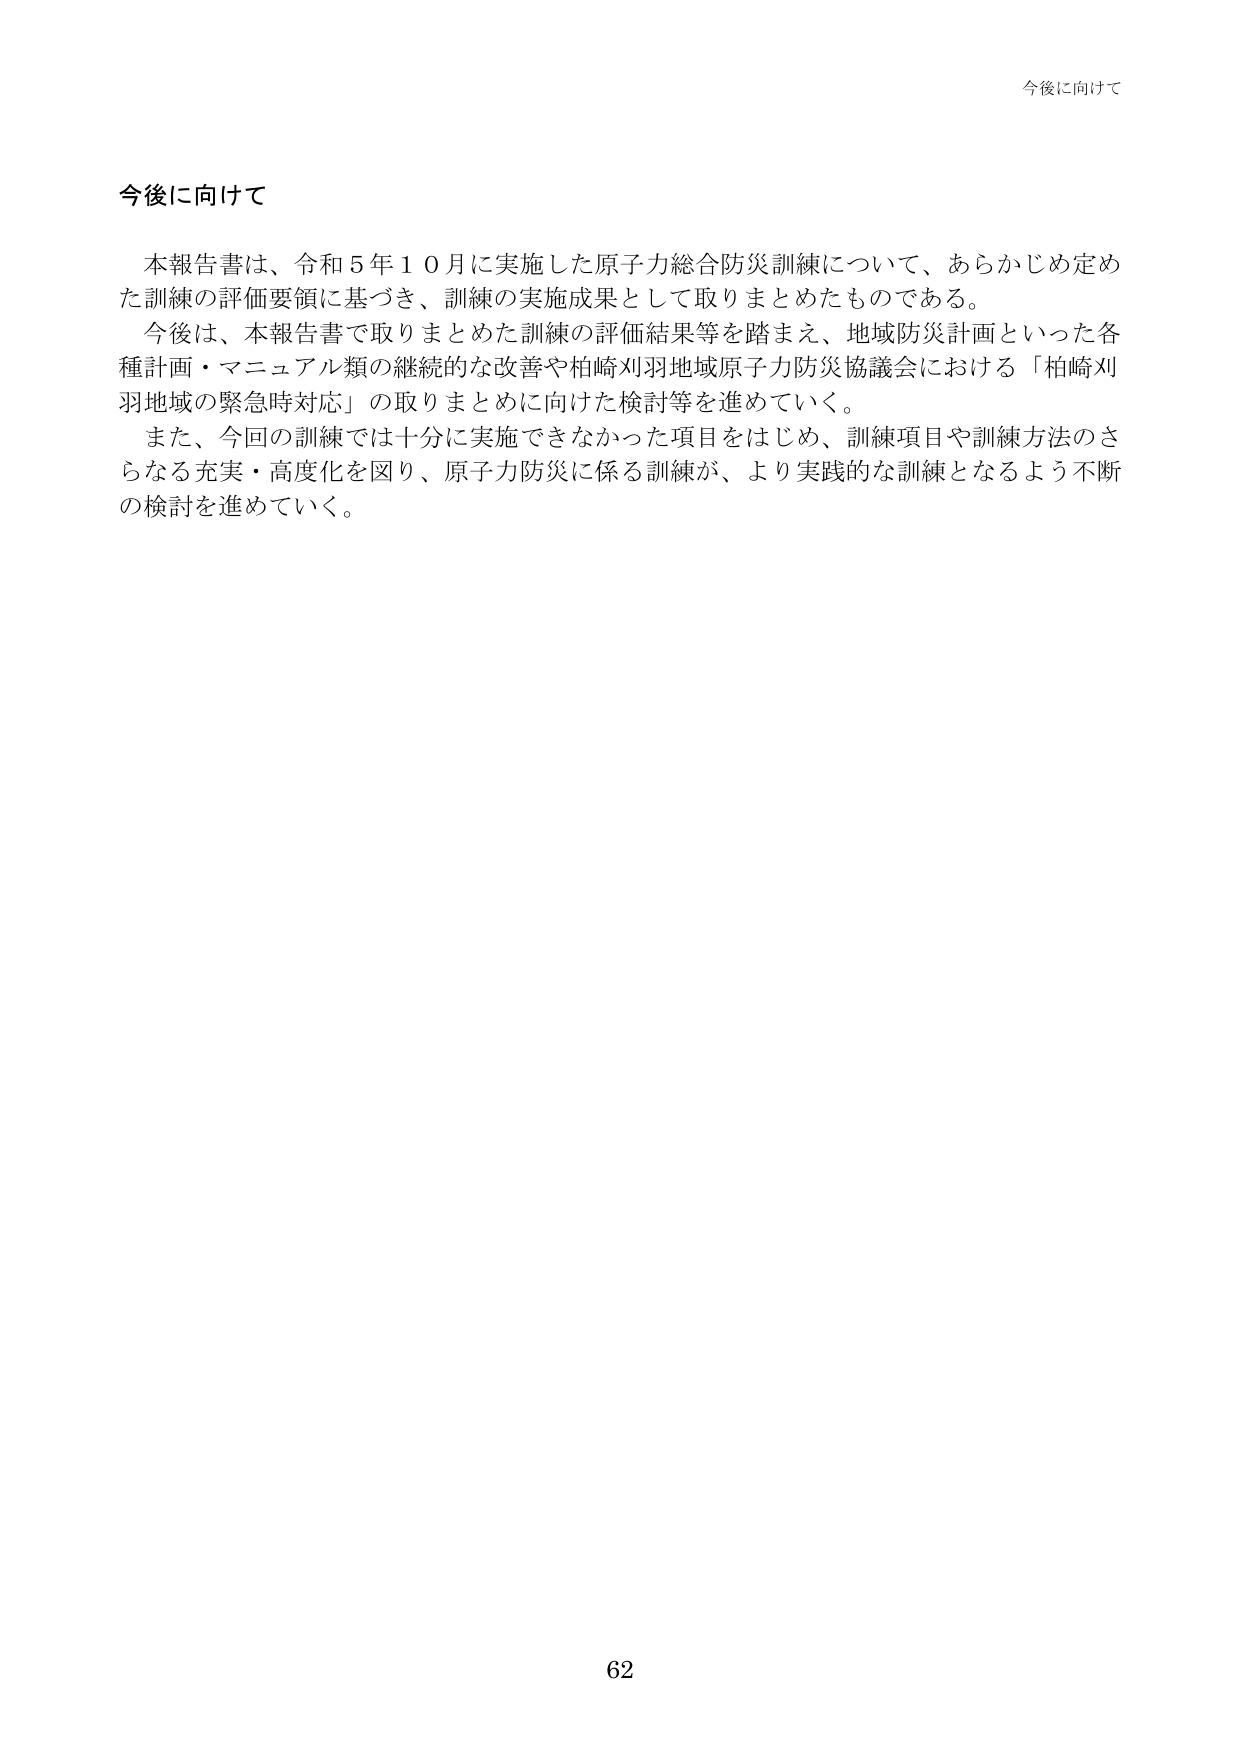
今後に向けて

本報告書は、令和５年１０月に実施した原子力総合防災訓練について、あらかじめ定めた訓練の評価要領に基づき、訓練の実施成果として取りまとめたものである。

今後は、本報告書で取りまとめた訓練の評価結果等を踏まえ、地域防災計画といった各種計画・マニュアル類の継続的な改善や柏崎刈羽地域原子力防災協議会における「柏崎刈羽地域の緊急時対応」の取りまとめに向けた検討等を進めていく。

また、今回の訓練では十分に実施できなかった項目をはじめ、訓練項目や訓練方法のさらなる充実・高度化を図り、原子力防災に係る訓練が、より実践的な訓練となるよう不断の検討を進めていく。

62